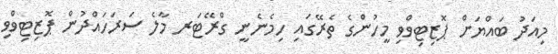
މިއަދު ބައްޔަށް ޕޮޒިޓިވްވި މީހުންގެ ތެރޭގައި ހިމެނެނީ ގްރޭޓަރ މާލެ ސަރަހައްދުން ޕޮޒިޓިވްވި